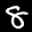
Label: 8